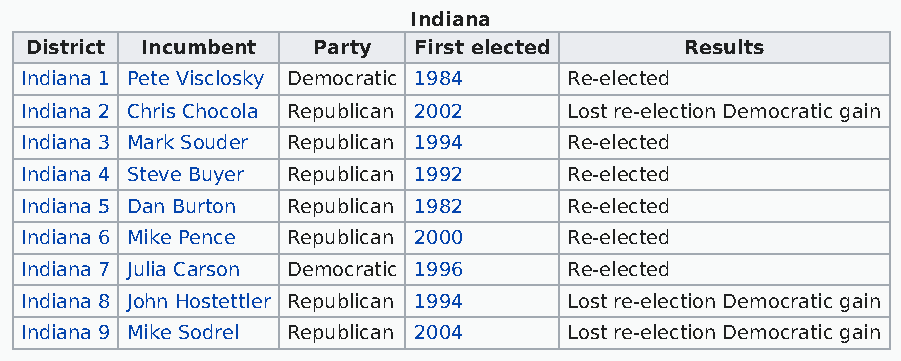
Indiana
 District Incumbent Party First elected     Results
 Indiana 1 Pete Visclosky Democratic 1984 Re-elected
 Indiana 2 Chris Chocola Republican 2002 Lost re-election Democratic gain
 Indiana 3 Mark Souder Republican 1994 Re-elected
 Indiana 4 Steve Buyer Republican 1992 Re-elected
 Indiana 5 Dan Burton Republican 1982 Re-elected
 Indiana 6 Mike Pence Republican 2000 Re-elected
 Indiana 7 Julia Carson Democratic 1996 Re-elected
 Indiana 8 John Hostettler Republican 1994 Lost re-election Democratic gain
 Indiana 9 Mike Sodrel Republican 2004 Lost re-election Democratic gain